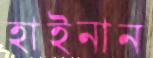
হাইনান